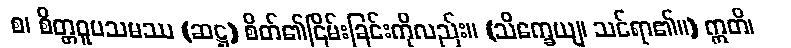
စ၊ စိတ္တဝူပသမဿ (ဆဋ္ဌ) စိတ်၏ငြိမ်းခြင်းကိုလည်း။ (သိက္ခေယျ၊ သင်ရာ၏။) ဣတိ၊